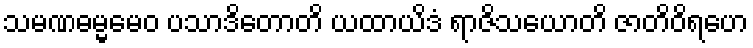
သမဏဓမ္မမေဝ ပသာဒိတောတိ ယထာယိဒံ ရာဇိသယောတိ ဇာတိဝိရဟေ